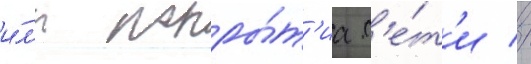
и́л'и покры́т'иа с'е́т'и //